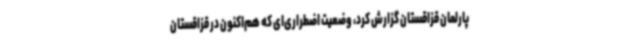
پارلمان قزاقستان گزارش کرد، وضعیت اضطراری‌ای که هم‌اکنون در قزاقستان